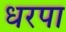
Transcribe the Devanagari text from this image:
धरपा